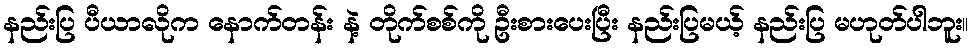
နည်းပြ ပီယာလိုက နောက်တန်း နဲ့ တိုက်စစ်ကို ဦးစားပေးပြီး နည်းပြမယ့် နည်းပြ မဟုတ်ပါဘူး။